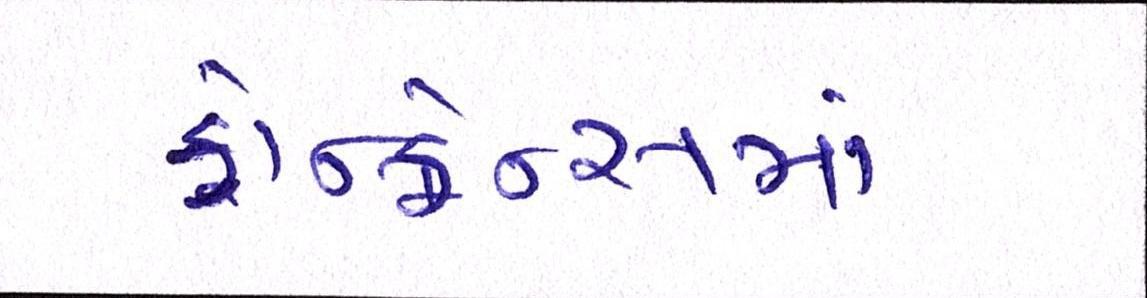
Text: કોન્ફ્રેન્સમાં